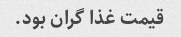
قیمت غذا گران بود.